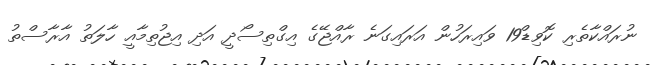
ނުރައްކާތެރި ކޮވިޑް19 ވައިރަހުން އަރައިގަނެ ރާއްޖޭގެ އިގްތިސޯދީ އަދި އިޖުތިމާއީ ހާލަތު އާރާސްތު